Annual report of the Bengal Veterinary College and of the Civil Veterinary Department, Bengal, for the year 1899-1900 - 1899-1900
Year: 1899
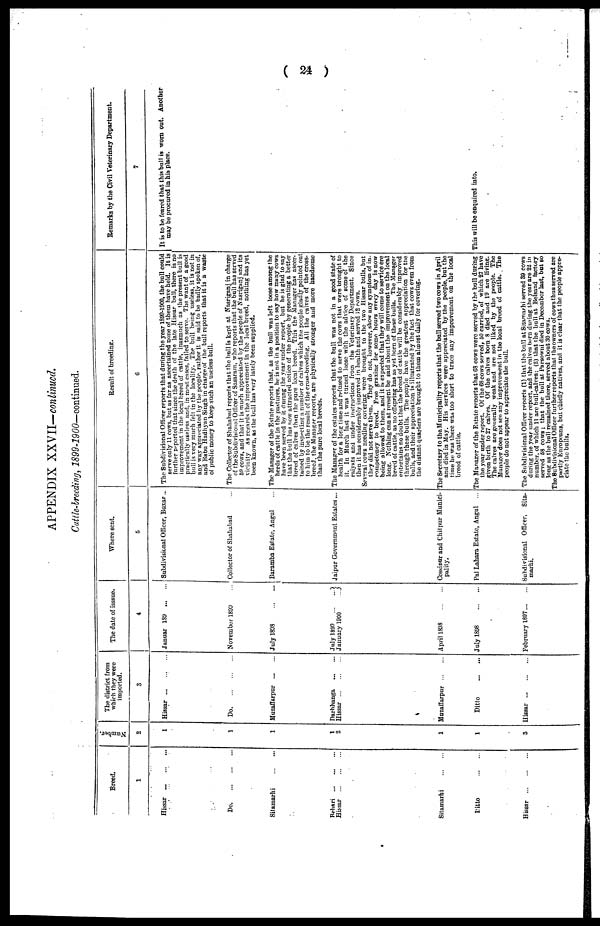
( 24 )
APPENDIX XXVII—continued.
Cattle-breeding, 1899-1900—continued.
Breed.
1
Hissar ... ... ...
Do ... ... ...
Sitamarhi ... ...
Behnri ... ... ...
Hissar ... ... ...
Sitamarhi ... ...
Ditto ... ...
Hissar ... ... ...
Number.
2
1
1
1
1
2
1
1
3
The district from
which they were
imported.
3
Hissar ... ... ...
Do ... ... ...
Muzaffarpur ... ...
Darbhanga ... ...
Hissar ... ... ...
Muzaffarpur ... ...
Ditto ... ...
Hissar ... ... ...
The date of isssue.
4
Januar 189 ... ...
November 1899 ...
July 1898 ... ...
July 1899 ... ...
January 1900 ...
April 1898 ... ...
July 1898 ... ...
February 1897 ... ...
Where sent.
5
Subdivisional Officer, Buxar ...
Collector of Shahabad ...
Baramba Estate, Angul ...
Jaipur Government Estates ...
Cossipur and Chitpur Munici-
pality.
Pal Lahara Estate, Angul ...
Subdivisional Officer, Sita-
marhi.
Result of breeding.
6
The Subdivisional Officer reports that during the year 1899-1900, the bull could
serve only 11 cows, but as far as ascertained none of them have held. It is
further reported that since the death of the late Hissar bull, there is no
improvement in the local breed of cattle, inasmuch as the present bull is
practically useless and, in most cases, failed to serve. The want of a good
bull is very much felt in the locality. The bull being useless, it is not in
any way appreciated by the people, rather it is said to be badly spoken of,
and Babu Hadhyan Singh in charge of the bull reports that it is a waste
of public money to keep such an useless bull.
The Collector of Shahabad reports that the bull is kept at Nasriganj in charge
of the Subdivisional Officer of Sasaram, who reports that the bull has served
59 cows, and that it is much appreciated by the people of Nasriganj and its
vicinity As regards the improvement in the local breed, nothing has yet
been known, as the bull has very lately been supplied.
The Manager of the Estate reports that, as the bull was left loose among the
herds of cattle in the pastures, he is not in a position to say bow many cows
have been served by it during the year under report, but he is glad to say
that the bull has now attracted notice of the people by generating a better
breed of calves than the pure local breed. This the Manager has ascer-
tained by inspecting a number of calves which the people gladly pointed out
to him to be the result of the cross-breeding. All the calves of the cross-
breed, the Manager reports, are physically stronger and more handsome
than the pure local breeds.
The Manager of the estates reports that the bull was not in a good state of
health for a long time and refused to serve the cows that were brought to
it. In March last it was turned loose with the advice of some of the
raiyats and under instructions from the Veterinary Department. Since
then it has considerably improved in health and served 12 cows.
Several cows needing covering were brought to the two Hissar bulls, but
they did not serve them. They do not, however, show any symptom of in-
competency to breed. Free grazing for some hours every day is now
being allowed to them, and it is expected that they will come to service ere
long. Nothing can at present be said about the improvement on the local
breed of cattle, as no offspring has as yet born of these bulls. The Manager
entertains no doubt that the breed of cattle will be considerably improved
through these bulls. The people have the greatest appreciation for the
bulls, and their appreciation is illustrated by the fact that cows even from
the distant quarters are brought to them almost daily for covering.
The Secretary to the Municipality reports that the bull served two cows in April
and died in May. His services were appreciated by the people, but the
time he was there was too short to trace any improvement on the local
breed of cattle.
The Manager of the Estate reports that 68 cows were served by the bull during
the year under report. Of the 68 cows served, 50 carried, of which 27 have
given birth to 27 calves. Of the calves bora 8 died and 19 are living.
The calves are generally weak and are not liked by the people. The
Manager does not see any improvement in the local breed of cattle. The
people do not appear to appreciate the bull.
The Subdivisional Officer reports (1) that the bull at Sitamarhi served 39 cows
during the year under report, and the calves born dining the year are 22 in
number, of which 11 are bull-calves; (2) that the bull at Belsand factory
served 58 cows; that the bull at Parsowni died in December last, but so
long as the bull remained there, served about 30 cows.
The Subdivisional Officer further reports that the owners of cows thus served are
partly Europeans, but chiefly natives, and it is clear that the people appre-
ciate the bulls.
Remarks by the Civil Veterinary Department.
7
It is to be feared that this bull is worn out. Another
may be procured in his place.
1
This will be enquired into.